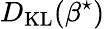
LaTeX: D_{\mathrm{KL}}(\beta^{\star})